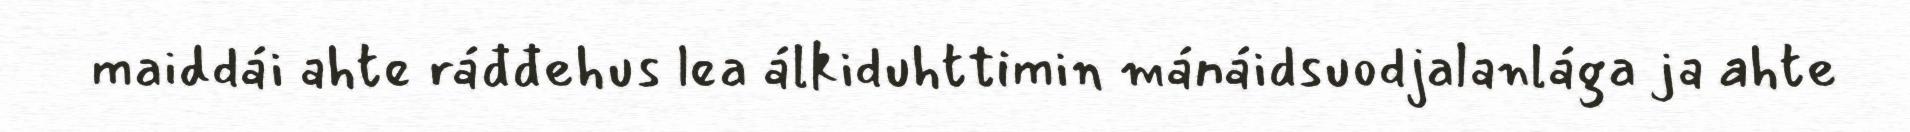
maiddái ahte ráđđehus lea álkiduhttimin mánáidsuodjalanlága ja ahte